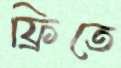
ফ্রিতে